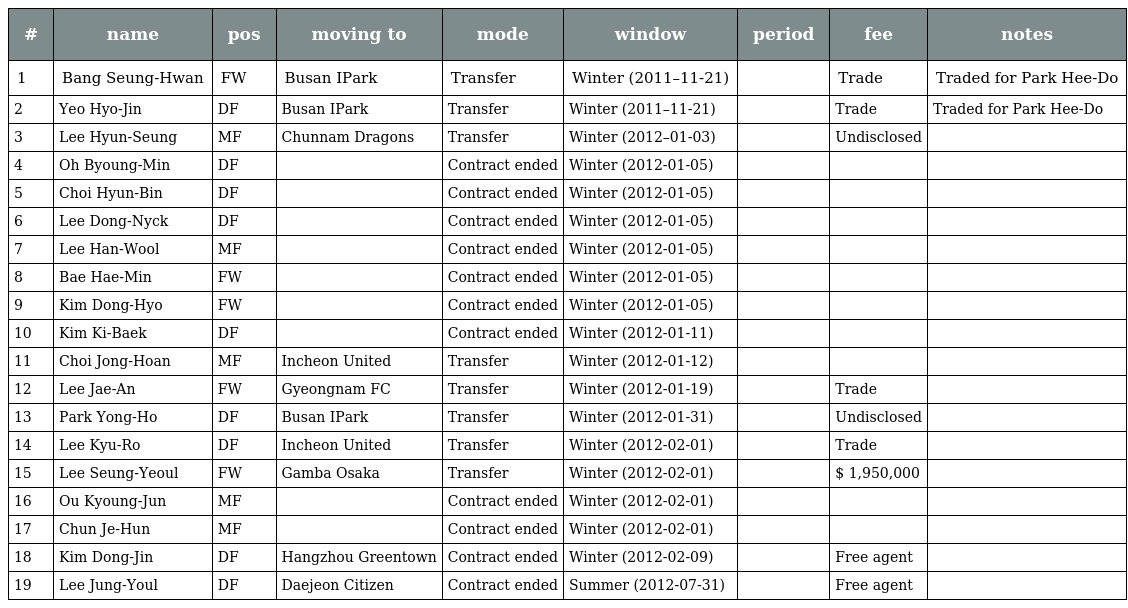
| # | name | pos | moving to | mode | window | period | fee | notes |
 | --- | --- | --- | --- | --- | --- | --- | --- | --- |
 | 1 | Bang Seung-Hwan | FW | Busan IPark | Transfer | Winter (2011–11-21) |  | Trade | Traded for Park Hee-Do |
 | 2 | Yeo Hyo-Jin | DF | Busan IPark | Transfer | Winter (2011–11-21) |  | Trade | Traded for Park Hee-Do |
 | 3 | Lee Hyun-Seung | MF | Chunnam Dragons | Transfer | Winter (2012–01-03) |  | Undisclosed |  |
 | 4 | Oh Byoung-Min | DF |  | Contract ended | Winter (2012-01-05) |  |  |  |
 | 5 | Choi Hyun-Bin | DF |  | Contract ended | Winter (2012-01-05) |  |  |  |
 | 6 | Lee Dong-Nyck | DF |  | Contract ended | Winter (2012-01-05) |  |  |  |
 | 7 | Lee Han-Wool | MF |  | Contract ended | Winter (2012-01-05) |  |  |  |
 | 8 | Bae Hae-Min | FW |  | Contract ended | Winter (2012-01-05) |  |  |  |
 | 9 | Kim Dong-Hyo | FW |  | Contract ended | Winter (2012-01-05) |  |  |  |
 | 10 | Kim Ki-Baek | DF |  | Contract ended | Winter (2012-01-11) |  |  |  |
 | 11 | Choi Jong-Hoan | MF | Incheon United | Transfer | Winter (2012-01-12) |  |  |  |
 | 12 | Lee Jae-An | FW | Gyeongnam FC | Transfer | Winter (2012-01-19) |  | Trade |  |
 | 13 | Park Yong-Ho | DF | Busan IPark | Transfer | Winter (2012-01-31) |  | Undisclosed |  |
 | 14 | Lee Kyu-Ro | DF | Incheon United | Transfer | Winter (2012-02-01) |  | Trade |  |
 | 15 | Lee Seung-Yeoul | FW | Gamba Osaka | Transfer | Winter (2012-02-01) |  | $ 1,950,000 |  |
 | 16 | Ou Kyoung-Jun | MF |  | Contract ended | Winter (2012-02-01) |  |  |  |
 | 17 | Chun Je-Hun | MF |  | Contract ended | Winter (2012-02-01) |  |  |  |
 | 18 | Kim Dong-Jin | DF | Hangzhou Greentown | Contract ended | Winter (2012-02-09) |  | Free agent |  |
 | 19 | Lee Jung-Youl | DF | Daejeon Citizen | Contract ended | Summer (2012-07-31) |  | Free agent |  |